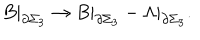
B | _ { \partial \Sigma _ { 3 } } \rightarrow B | _ { \partial \Sigma _ { 3 } } - \Lambda | _ { \partial \Sigma _ { 3 } } .